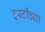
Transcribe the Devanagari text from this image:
ट्रस्टींच्या